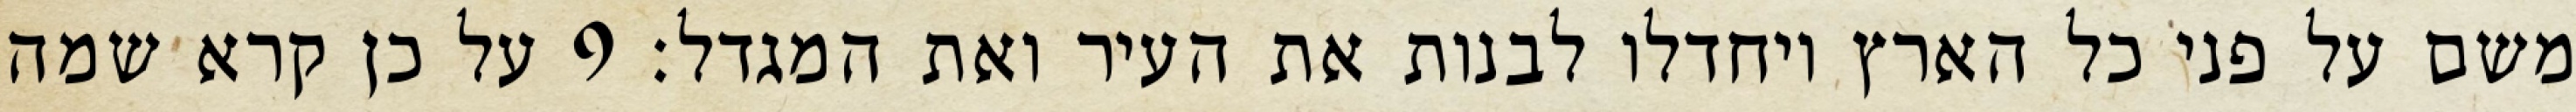
משם על פני כל הארץ ויחדלו לבנות את העיר ואת המגדל׃ ‎9‏ על כן קרא שמה